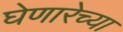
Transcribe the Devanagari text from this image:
घेणारेच्या